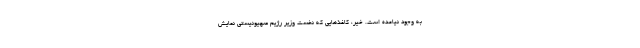
به وجود نیامده است. خیر، کاغذهایی که نخست وزیر رژیم صهیونیستی نمایش